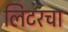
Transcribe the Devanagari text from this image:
लिटरचा